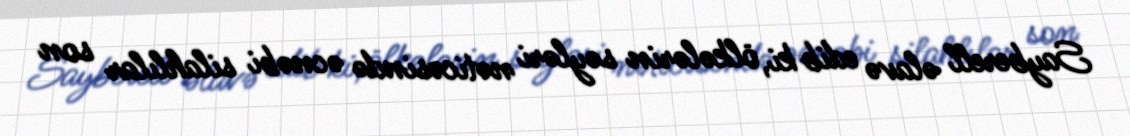
Sayberell əlavə edib ki, ölkələrin səyləri nəticəsində əcnəbi silahlılar son